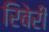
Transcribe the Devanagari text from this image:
रिबेरी